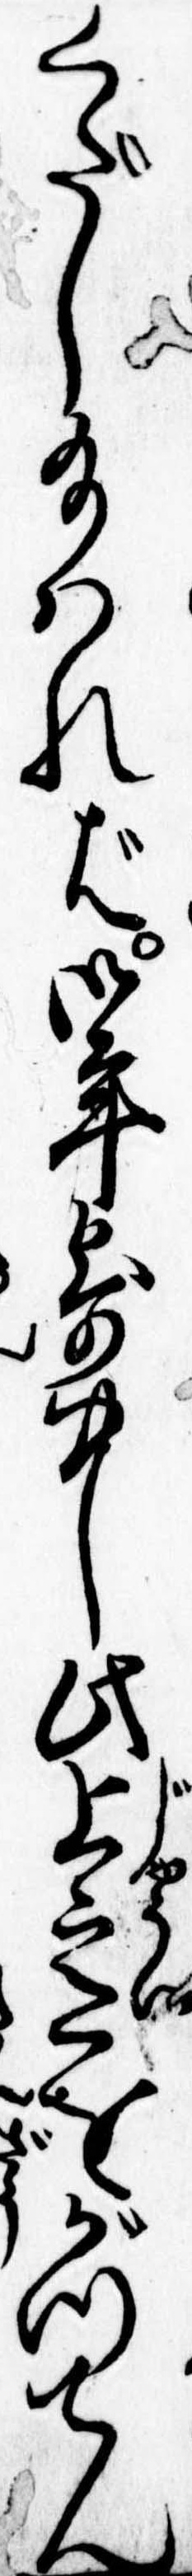
くだし給はれば御年寄中此上意をがつてん